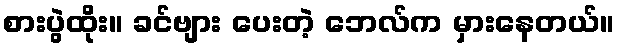
စားပွဲထိုး။ ခင်ဗျား ပေးတဲ့ ဘေလ်က မှားနေတယ်။